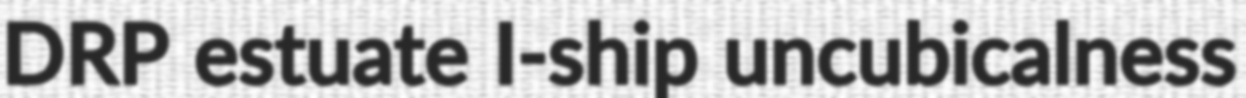
DRP estuate I-ship uncubicalness